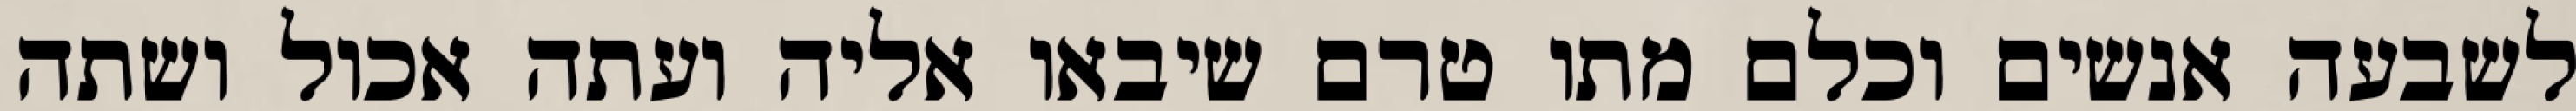
לשבעה אנשים וכלם מתו טרם שיבאו אליה ועתה אכול ושתה